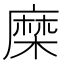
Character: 𮮈